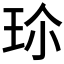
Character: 𭹀